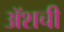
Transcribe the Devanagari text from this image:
ॲशची